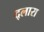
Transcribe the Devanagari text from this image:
द्लारा